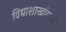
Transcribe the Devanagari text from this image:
विद्याशाखांमध्ये